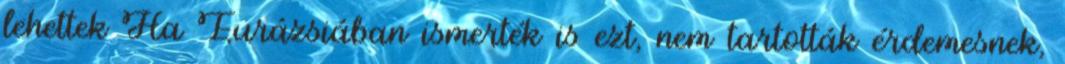
lehettek Ha Eurázsiában ismerték is ezt, nem tartották érdemesnek,